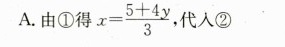
A. 由①得x $$x= \frac{5+4y}{3}$$ ，代人②